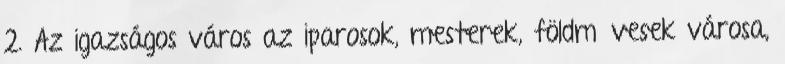
2. Az igazságos város az iparosok, mesterek, földművesek városa,